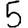
Digit: 5